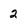
Character: 2